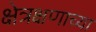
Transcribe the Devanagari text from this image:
क्षेत्रक्षणाच्या